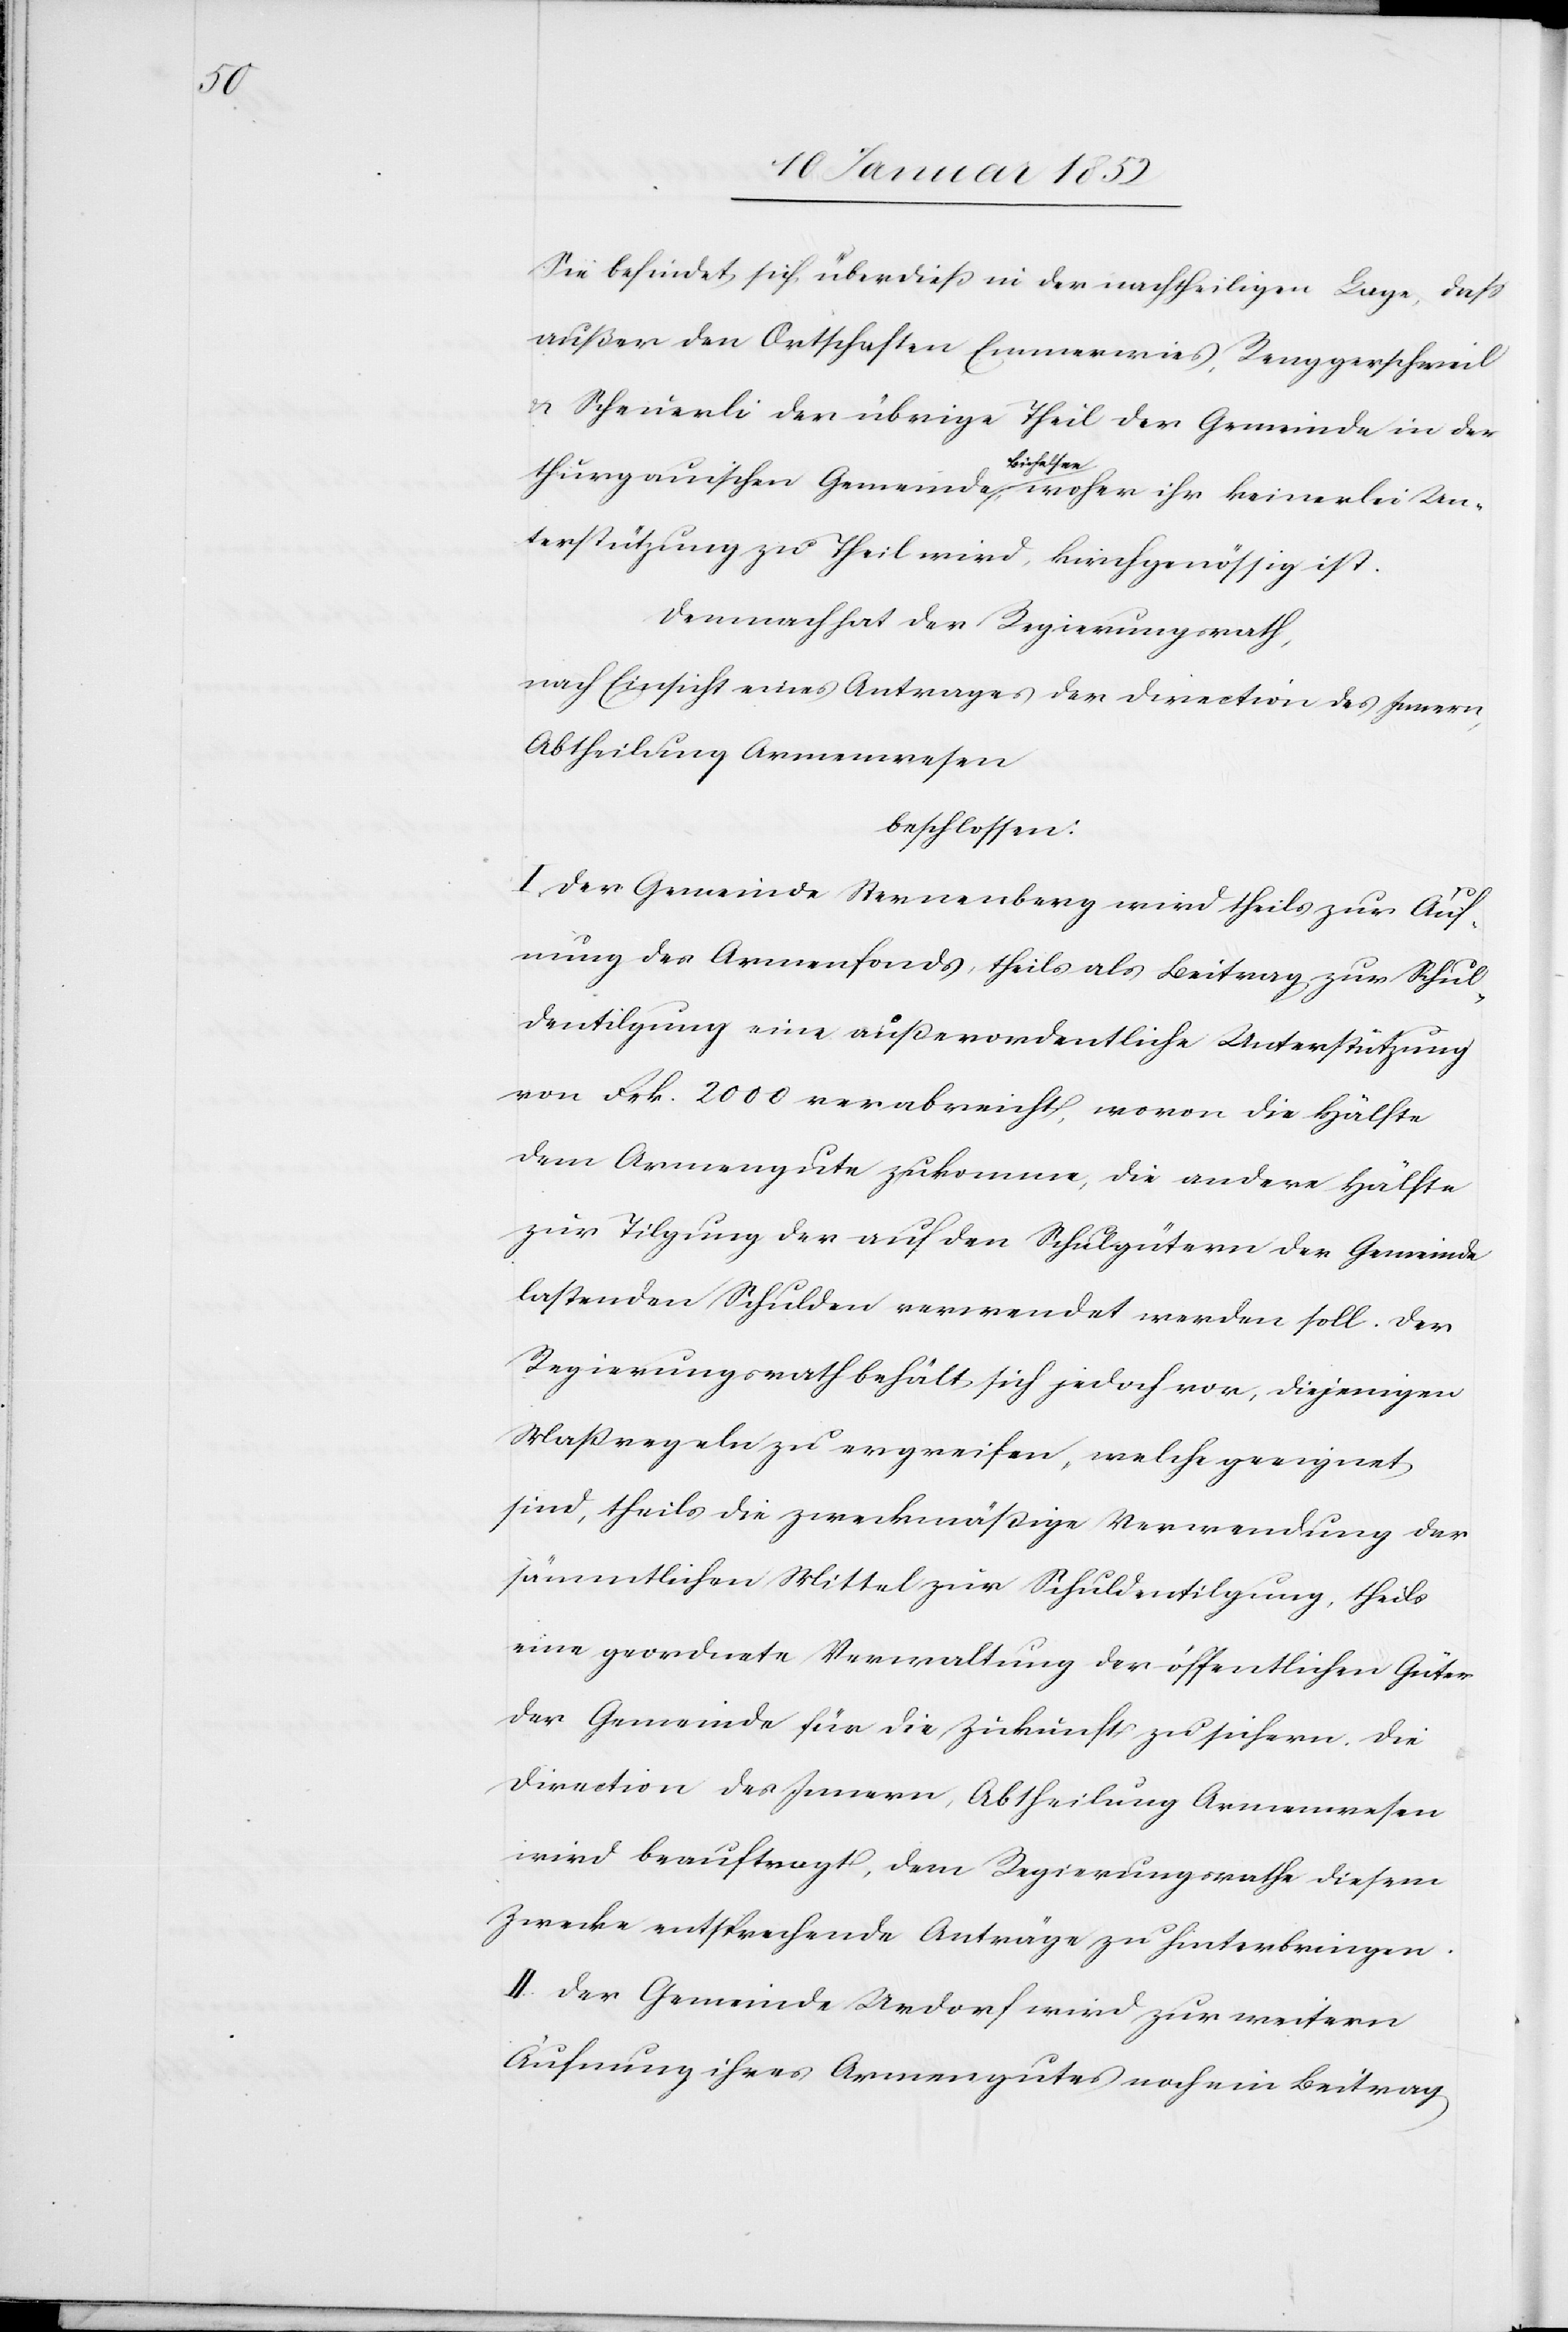
Sie befindet sich überdieß in der nachtheiligen Lage, daß
außer den Ortschaften Emmerwies, Renggerschweil
u. Scheuerli der übrige Theil der Gemeinde in der
Bichelsee
thurgauischen Gemeinde
woher ihr keinerlei Un¬
terstützung zu Theil wird, kirchgenössig ist.
Demnach der Regierungsrath,
nach Einsicht eines Antrages der Direction des Innern,
Abtheilung Armenwesen
beschlossen:
I. Der Gemeinde Sternenberg wird theils zur Äuf¬
nung des Armenfonds, theils als Beitrag zur Schul¬
dentilgung eine außerordentliche Unterstützung
von Frk. 2000 verabreicht, wovon die Hälfte
dem Armengute zukomme, die andere Hälfte
zur Tilgung der auf den Schulgütern der Gemeinde
lastenden Schulden verwendet werden soll. Der
Regierungsrath behält sich jedoch vor, diejenigen
Maßregeln zu ergreifen, welche geeignet
sind, theils die zweckmäßige Verwendung der
sämmtlichen Mittel zur Schuldentilgung, theils
eine geordnete Verwaltung der öffentlichen Güter
der Gemeinde für die Zukunft zu sichern. Die
Direction des Innern, Abtheilung Armenwesen
wird beauftragt, dem Regierungsrathe diesem
Zwecke entsprechende Anträge zu hinterbringen.
II. Der Gemeinde Urdorf wird zur weitern
Äufnung ihres Armengutes noch ein Beitrag